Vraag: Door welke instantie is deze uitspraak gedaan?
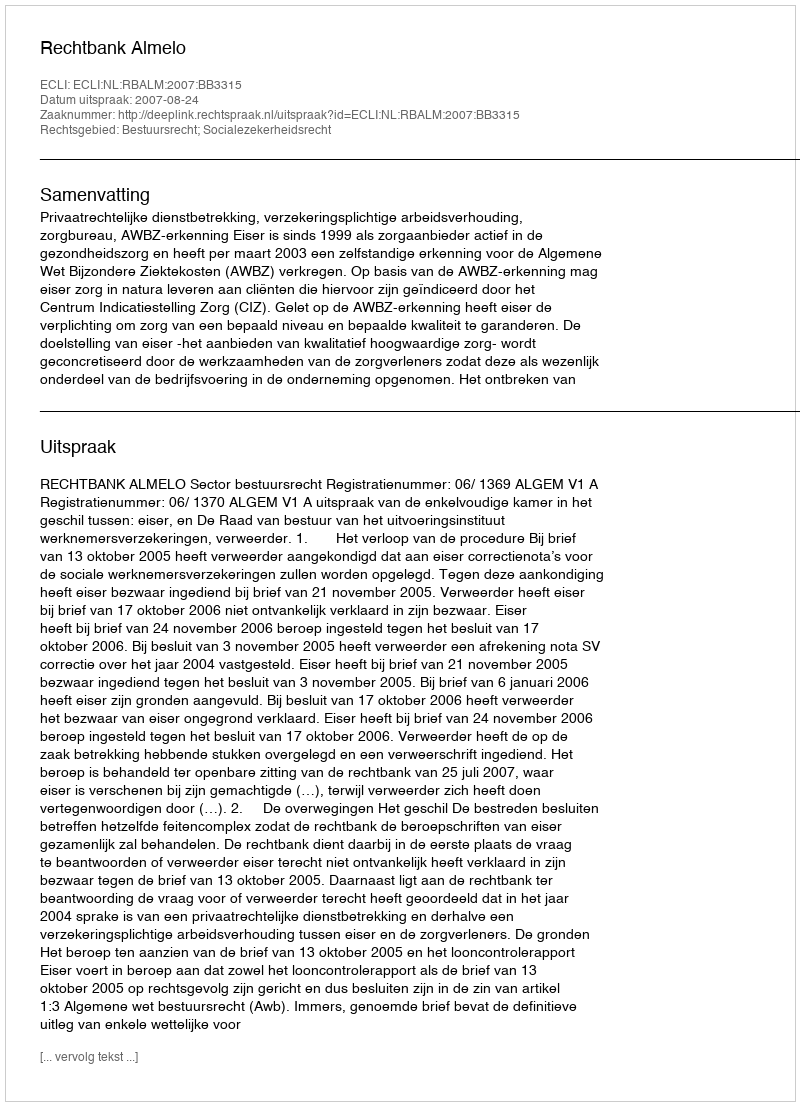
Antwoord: Rechtbank Almelo